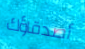
أصدقاؤك